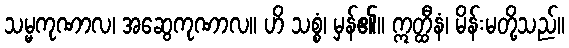
သမ္မကုဏာလ၊ အဆွေကုဏာလ။ ဟိ သစ္စံ၊ မှန်၏။ ဣတ္ထီနံ၊ မိန်းမတို့သည်။